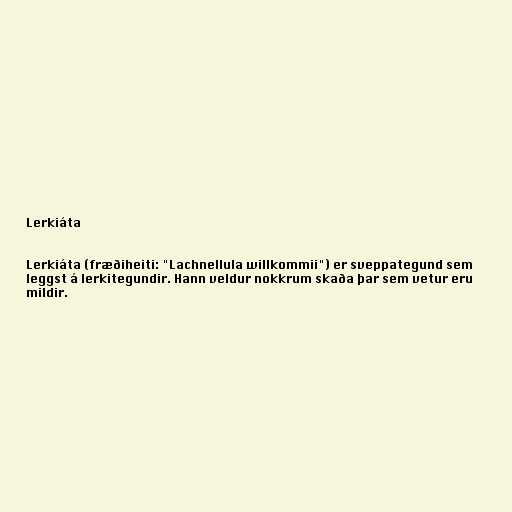
Lerkiáta

Lerkiáta (fræðiheiti: "Lachnellula willkommii") er sveppategund sem
leggst á lerkitegundir. Hann veldur nokkrum skaða þar sem vetur eru
mildir.